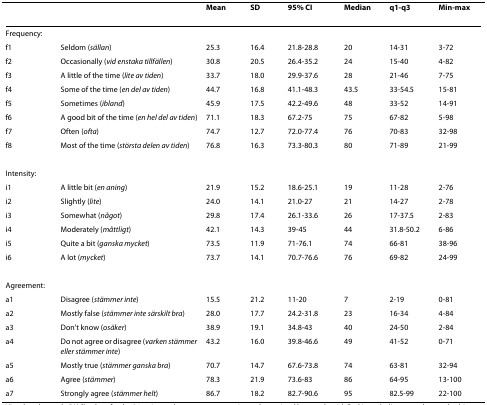
<table><thead><tr><td></td><td></td><td><b>Mean</b></td><td><b>SD</b></td><td><b>95% CI</b></td><td><b>Median</b></td><td><b>q1-q3</b></td><td><b>Min-max</b></td></tr></thead><tbody><tr><td colspan="2">Frequency:</td><td></td><td></td><td></td><td></td><td></td><td></td></tr><tr><td>f1</td><td>Seldom (<i>sällan</i>)</td><td>25.3</td><td>16.4</td><td>21.8-28.8</td><td>20</td><td>14-31</td><td>3-72</td></tr><tr><td>f2</td><td>Occasionally (<i>vid enstaka tillfällen</i>)</td><td>30.8</td><td>20.5</td><td>26.4-35.2</td><td>24</td><td>15-40</td><td>4-82</td></tr><tr><td>f3</td><td>A little of the time (<i>lite av tiden</i>)</td><td>33.7</td><td>18.0</td><td>29.9-37.6</td><td>28</td><td>21-46</td><td>7-75</td></tr><tr><td>f4</td><td>Some of the time (<i>en del av tiden</i>)</td><td>44.7</td><td>16.8</td><td>41.1-48.3</td><td>43.5</td><td>33-54.5</td><td>15-81</td></tr><tr><td>f5</td><td>Sometimes (<i>ibland</i>)</td><td>45.9</td><td>17.5</td><td>42.2-49.6</td><td>48</td><td>33-52</td><td>14-91</td></tr><tr><td>f6</td><td>A good bit of the time (<i>en hel del av tiden</i>)</td><td>71.1</td><td>18.3</td><td>67.2-75</td><td>75</td><td>67-82</td><td>5-98</td></tr><tr><td>f7</td><td>Often (<i>ofta</i>)</td><td>74.7</td><td>12.7</td><td>72.0-77.4</td><td>76</td><td>70-83</td><td>32-98</td></tr><tr><td>f8</td><td>Most of the time (<i>största delen av tiden</i>)</td><td>76.8</td><td>16.3</td><td>73.3-80.3</td><td>80</td><td>71-89</td><td>21-99</td></tr><tr><td colspan="2">Intensity:</td><td></td><td></td><td></td><td></td><td></td><td></td></tr><tr><td>i1</td><td>A little bit (<i>en aning</i>)</td><td>21.9</td><td>15.2</td><td>18.6-25.1</td><td>19</td><td>11-28</td><td>2-76</td></tr><tr><td>i2</td><td>Slightly (<i>lite</i>)</td><td>24.0</td><td>14.1</td><td>21.0-27</td><td>21</td><td>14-27</td><td>2-78</td></tr><tr><td>i3</td><td>Somewhat (<i>något</i>)</td><td>29.8</td><td>17.4</td><td>26.1-33.6</td><td>26</td><td>17-37.5</td><td>2-83</td></tr><tr><td>i4</td><td>Moderately (<i>måttligt</i>)</td><td>42.1</td><td>14.3</td><td>39-45</td><td>44</td><td>31.8-50.2</td><td>6-86</td></tr><tr><td>i5</td><td>Quite a bit (<i>ganska mycket</i>)</td><td>73.5</td><td>11.9</td><td>71-76.1</td><td>74</td><td>66-81</td><td>38-96</td></tr><tr><td>i6</td><td>A lot (<i>mycket</i>)</td><td>73.7</td><td>14.1</td><td>70.7-76.6</td><td>76</td><td>69-82</td><td>24-99</td></tr><tr><td colspan="2">Agreement:</td><td></td><td></td><td></td><td></td><td></td><td></td></tr><tr><td>a1</td><td>Disagree (<i>stämmer inte</i>)</td><td>15.5</td><td>21.2</td><td>11-20</td><td>7</td><td>2-19</td><td>0-81</td></tr><tr><td>a2</td><td>Mostly false (<i>stämmer inte särskilt bra</i>)</td><td>28.0</td><td>17.7</td><td>24.2-31.8</td><td>23</td><td>16-34</td><td>4-84</td></tr><tr><td>a3</td><td>Don&#x27;t know (<i>osäker</i>)</td><td>38.9</td><td>19.1</td><td>34.8-43</td><td>40</td><td>24-50</td><td>2-84</td></tr><tr><td>a4</td><td>Do not agree or disagree (<i>varken stämmer eller stämmer inte</i>)</td><td>43.2</td><td>16.0</td><td>39.8-46.6</td><td>49</td><td>41-52</td><td>0-71</td></tr><tr><td>a5</td><td>Mostly true (<i>stämmer ganska bra</i>)</td><td>70.7</td><td>14.7</td><td>67.6-73.8</td><td>74</td><td>63-81</td><td>32-94</td></tr><tr><td>a6</td><td>Agree (<i>stämmer</i>)</td><td>78.3</td><td>21.9</td><td>73.6-83</td><td>86</td><td>64-95</td><td>13-100</td></tr><tr><td>a7</td><td>Strongly agree (<i>stämmer helt</i>)</td><td>86.7</td><td>18.2</td><td>82.7-90.6</td><td>95</td><td>82.5-99</td><td>22-100</td></tr></tbody></table>